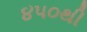
૪૫૦થી